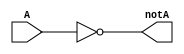
module inverter(
  output notA,
  input A
);
  assign notA = !A; //"!A" equals to not A inverilog logical operator, bitwise not symbol is "~"  
endmodule